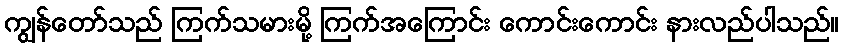
ကျွန်တော်သည် ကြက်သမားမို့ ကြက်အကြောင်း ကောင်းကောင်း နားလည်ပါသည်။